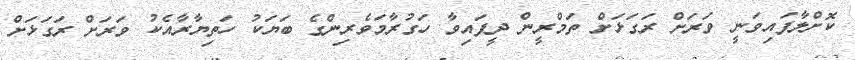
ކޮށްލާފައިވަނީ ވަރަށް ރަގަޅަށް ތަމްރީން ދީފައިވާ ހަގުރާމަވެރިންގެ ބަޔަކު ހަތިޔާރާއެކު ވަރަށް ރަގަޅަށް